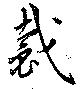
裁